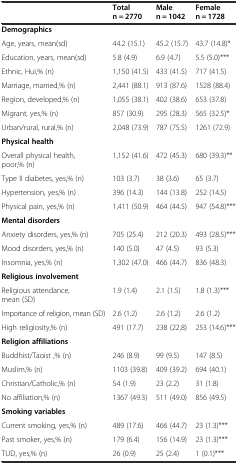
<table><thead><tr><td></td><td><b>Total n = 2770</b></td><td><b>Male n = 1042</b></td><td><b>Female n = 1728</b></td></tr></thead><tbody><tr><td><b>Demographics</b></td><td></td><td></td><td></td></tr><tr><td>Age, years, mean(sd)</td><td>44.2 (15.1)</td><td>45.2 (15.7)</td><td>43.7 (14.8)*</td></tr><tr><td>Education, years, mean(sd)</td><td>5.8 (4.9)</td><td>6.9 (4.7)</td><td>5.5 (5.0)***</td></tr><tr><td>Ethnic, Hui,% (n)</td><td>1,150 (41.5)</td><td>433 (41.5)</td><td>717 (41.5)</td></tr><tr><td>Marriage, married,% (n)</td><td>2,441 (88.1)</td><td>913 (87.6)</td><td>1528 (88.4)</td></tr><tr><td>Region, developed,% (n)</td><td>1,055 (38.1)</td><td>402 (38.6)</td><td>653 (37.8)</td></tr><tr><td>Migrant, yes,% (n)</td><td>857 (30.9)</td><td>295 (28.3)</td><td>565 (32.5)*</td></tr><tr><td>Urban/rural, rural,% (n)</td><td>2,048 (73.9)</td><td>787 (75.5)</td><td>1261 (72.9)</td></tr><tr><td><b>Physical health</b></td><td></td><td></td><td></td></tr><tr><td>Overall physical health, poor,% (n)</td><td>1,152 (41.6)</td><td>472 (45.3)</td><td>680 (39.3)**</td></tr><tr><td>Type II diabetes, yes,% (n)</td><td>103 (3.7)</td><td>38 (3.6)</td><td>65 (3.7)</td></tr><tr><td>Hypertension, yes,% (n)</td><td>396 (14.3)</td><td>144 (13.8)</td><td>252 (14.5)</td></tr><tr><td>Physical pain, yes,% (n)</td><td>1,411 (50.9)</td><td>464 (44.5)</td><td>947 (54.8)***</td></tr><tr><td><b>Mental disorders</b></td><td></td><td></td><td></td></tr><tr><td>Anxiety disorders, yes,% (n)</td><td>705 (25.4)</td><td>212 (20.3)</td><td>493 (28.5)***</td></tr><tr><td>Mood disorders, yes,% (n)</td><td>140 (5.0)</td><td>47 (4.5)</td><td>93 (5.3)</td></tr><tr><td>Insomnia, yes,% (n)</td><td>1,302 (47.0)</td><td>466 (44.7)</td><td>836 (48.3)</td></tr><tr><td><b>Religious involvement</b></td><td></td><td></td><td></td></tr><tr><td>Religious attendance, mean (SD)</td><td>1.9 (1.4)</td><td>2.1 (1.5)</td><td>1.8 (1.3)***</td></tr><tr><td>Importance of religion, mean (SD)</td><td>2.6 (1.2)</td><td>2.6 (1.2)</td><td>2.6 (1.2)</td></tr><tr><td>High religiosity,% (n)</td><td>491 (17.7)</td><td>238 (22.8)</td><td>253 (14.6)***</td></tr><tr><td><b>Religion affiliations</b></td><td></td><td></td><td></td></tr><tr><td>Buddhist/Taoist ,% (n)</td><td>246 (8.9)</td><td>99 (9.5)</td><td>147 (8.5)</td></tr><tr><td>Muslim,% (n)</td><td>1103 (39.8)</td><td>409 (39.2)</td><td>694 (40.1)</td></tr><tr><td>Christian/Catholic,% (n)</td><td>54 (1.9)</td><td>23 (2.2)</td><td>31 (1.8)</td></tr><tr><td>No affiliation,% (n)</td><td>1367 (49.3)</td><td>511 (49.0)</td><td>856 (49.5)</td></tr><tr><td><b>Smoking variables</b></td><td></td><td></td><td></td></tr><tr><td>Current smoking, yes,% (n)</td><td>489 (17.6)</td><td>466 (44.7)</td><td>23 (1.3)***</td></tr><tr><td>Past smoker, yes,% (n)</td><td>179 (6.4)</td><td>156 (14.9)</td><td>23 (1.3)***</td></tr><tr><td>TUD, yes,% (n)</td><td>26 (0.9)</td><td>25 (2.4)</td><td>1 (0.1)***</td></tr></tbody></table>